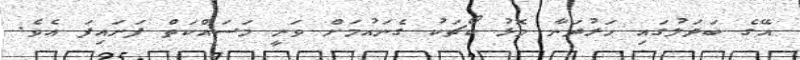
އޭގެ ބަދަލުގައި ހަރުދަނާ މޮޅު ކޯޗަކު ގެނައުމަށް ވަނީ މަސައްކަތް ފަށައިފަ އެވެ.